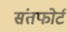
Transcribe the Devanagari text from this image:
संतफोर्ट